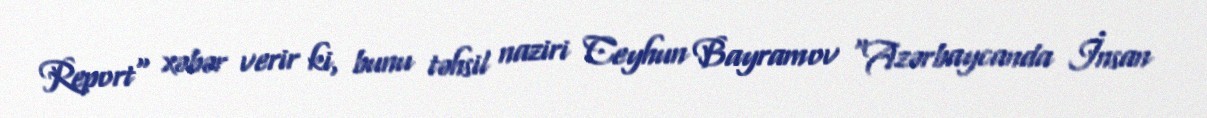
Report" xəbər verir ki, bunu təhsil naziri Ceyhun Bayramov "Azərbaycanda İnsan